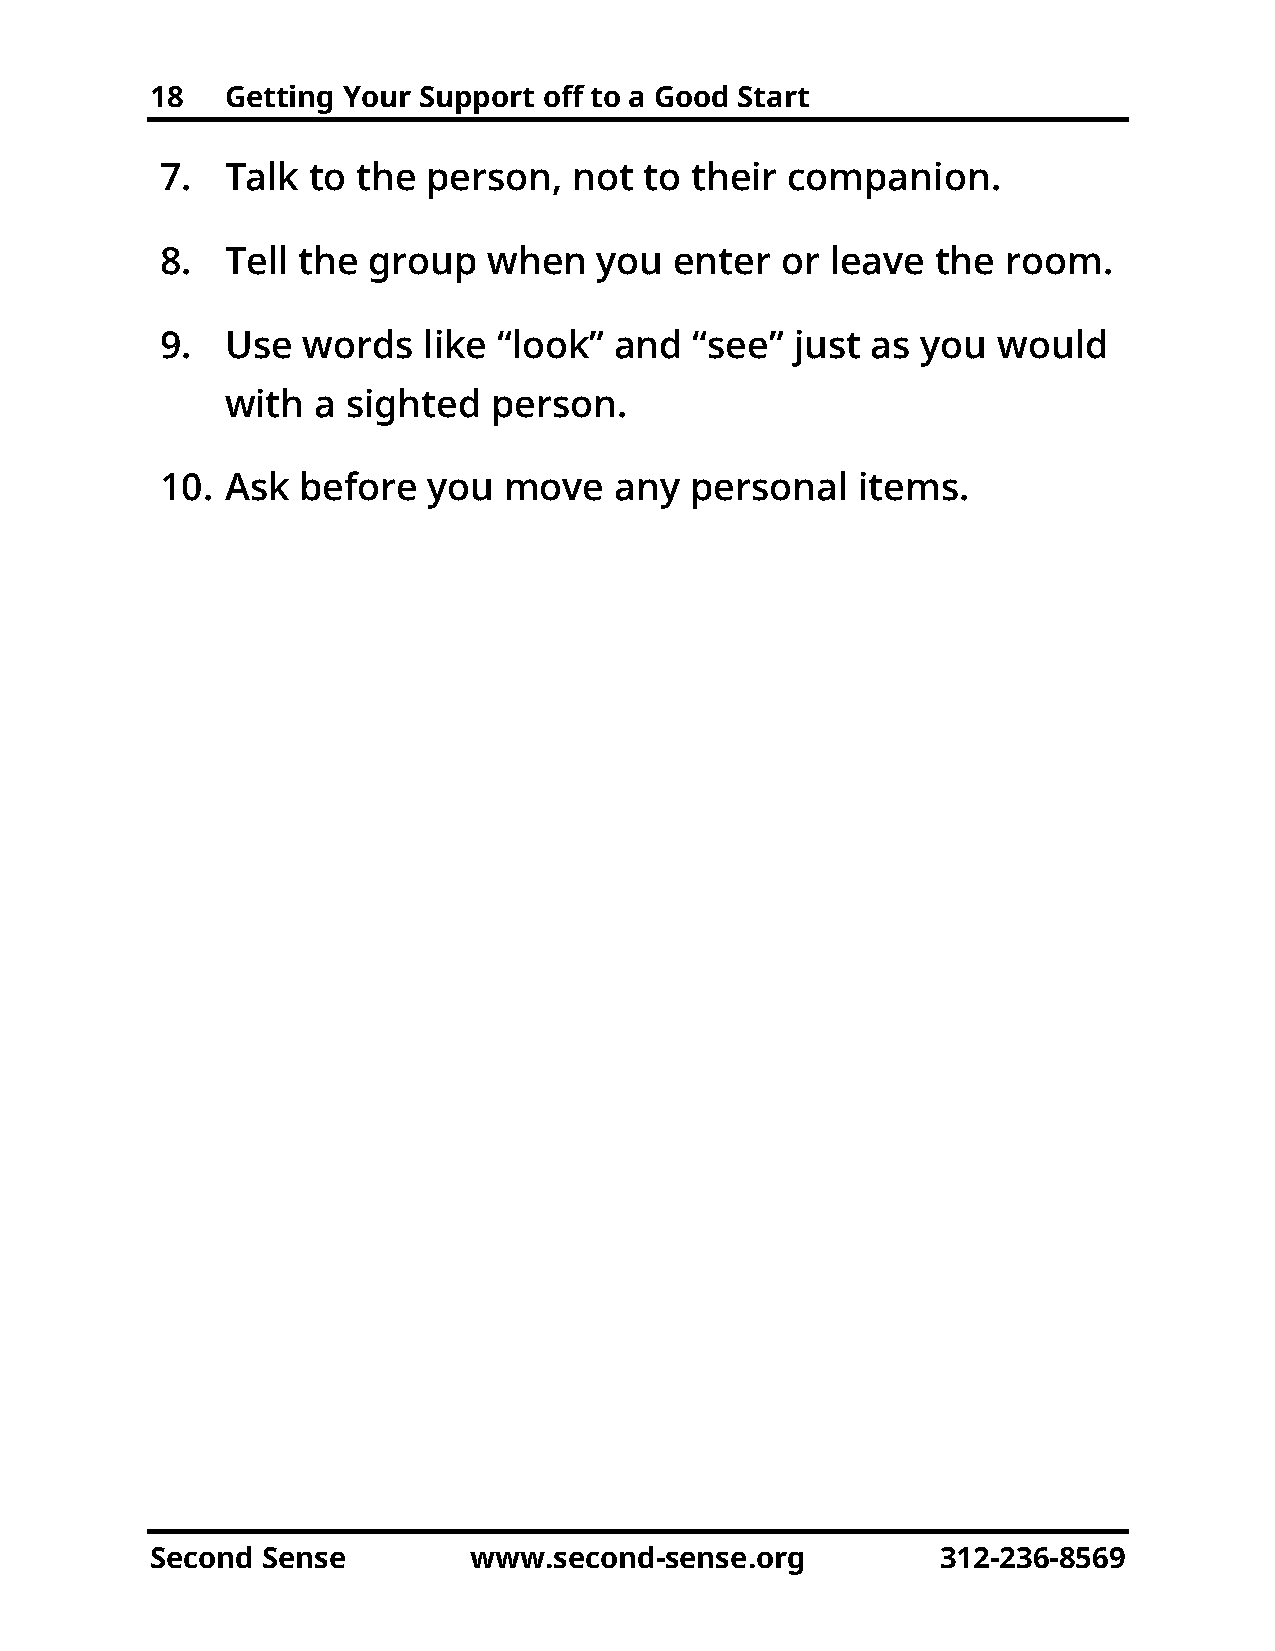
18   Getting Your Support off to a Good Start
 7.  Talk  to the person,   not  to their companion.
 8.  Tell the group   when    you  enter  or leave  the  room.
 9.  Use  words   like “look”  and  “see”  just as you  would
 with  a sighted   person.
 10. Ask  before  you  move    any  personal   items.
 Second Sense         www.second-sense.org           312-236-8569